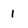
Character: 1